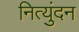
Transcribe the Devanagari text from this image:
नित्युंदन